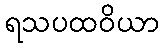
ရသပထဝိယာ